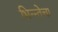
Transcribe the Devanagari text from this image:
भिन्न्तेचा